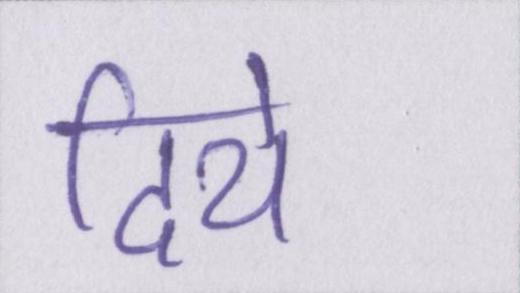
दिये